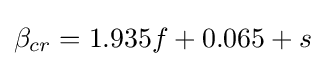
\beta _{cr}=1.935f+0.065+s~